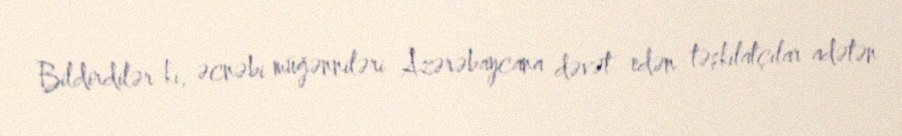
Bildirdilər ki, əcnəbi müğənniləri Azərəbaycana dəvət edən təşkilatçılar adətən